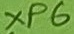
Text: XP6